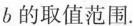
b的取值范围.